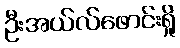
ဦးအယ်လ်ဖောင်းရှို